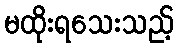
မထိုးရသေးသည့်